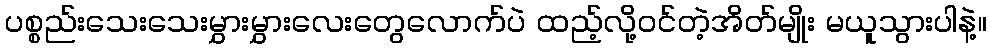
ပစ္စည်းသေးသေးမွှားမွှားလေးတွေလောက်ပဲ ထည့်လို့ဝင်တဲ့အိတ်မျိုး မယူသွားပါနဲ့။